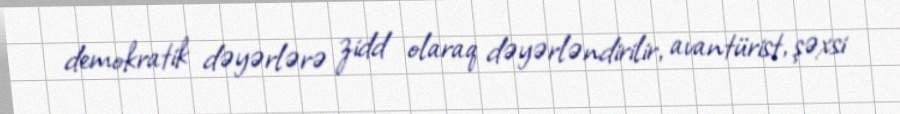
demokratik dəyərlərə zidd olaraq dəyərləndirilir, avantürist, şəxsi